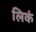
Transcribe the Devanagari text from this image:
लिकं